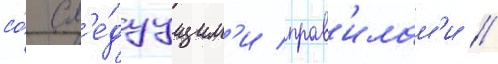
со́ сл'е́дуущим'и прав'илам'и //